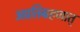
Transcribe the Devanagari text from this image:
अप्रतिग्रहणात्